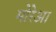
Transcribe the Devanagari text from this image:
मोरेआ